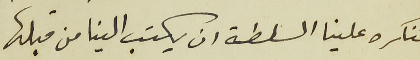
تنكره علينا السلطة ان يكتب الينا من قبلها